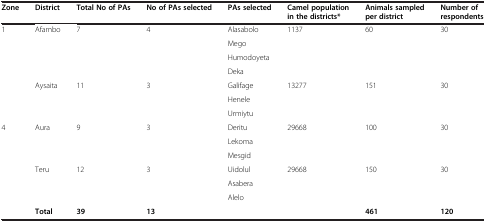
| Zone | District | Total No of PAs | No of PAs selected | PAs selected | Camel population in the districts* | Animals sampled per district | Number of respondents |
 | --- | --- | --- | --- | --- | --- | --- | --- |
 | <ROWSPAN=7> 1 | <ROWSPAN=4> Afambo | <ROWSPAN=4> 7 | <ROWSPAN=4> 4 | Alasabolo | <ROWSPAN=4> 1137 | <ROWSPAN=4> 60 | <ROWSPAN=4> 30 |
 | Mego |
 | Humodoyeta |
 | Deka |
 | <ROWSPAN=3> Aysaita | <ROWSPAN=3> 11 | <ROWSPAN=3> 3 | Galifage | <ROWSPAN=3> 13277 | <ROWSPAN=3> 151 | <ROWSPAN=3> 30 |
 | Henele |
 | Urmiytu |
 | <ROWSPAN=6> 4 | <ROWSPAN=3> Aura | <ROWSPAN=3> 9 | <ROWSPAN=3> 3 | Deritu | <ROWSPAN=3> 29668 | <ROWSPAN=3> 100 | <ROWSPAN=3> 30 |
 | Lekoma |
 | Mesgid |
 | <ROWSPAN=3> Teru | <ROWSPAN=3> 12 | <ROWSPAN=3> 3 | Uidolul | <ROWSPAN=3> 29668 | <ROWSPAN=3> 150 | <ROWSPAN=3> 30 |
 | Asabera |
 | Alelo |
 |  | Total | 39 | 13 |  |  | 461 | 120 |